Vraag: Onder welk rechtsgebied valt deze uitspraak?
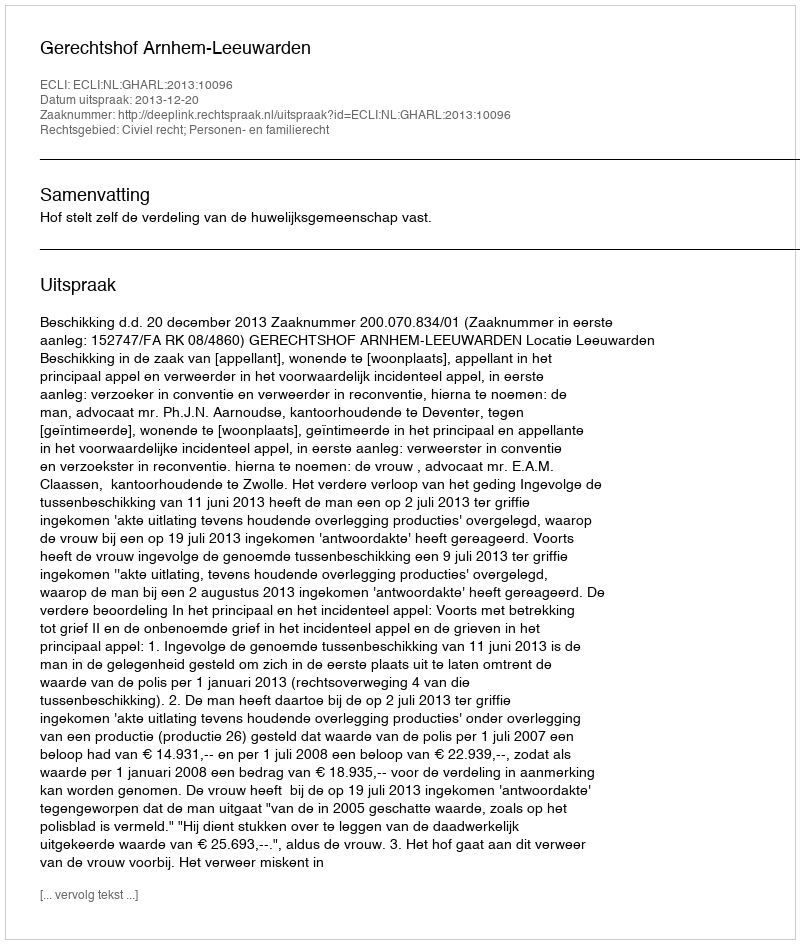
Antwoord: Civiel recht; Personen- en familierecht